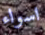
اسواء